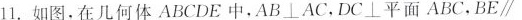
11.如图，在几何体ABCDE中，AB\bot AC，DC\bot 平面ABC，BE \parallel